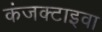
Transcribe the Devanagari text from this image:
कंजक्टाइवा